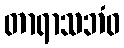
တာရာသဘံဝ